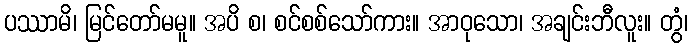
ပဿာမိ၊ မြင်တော်မမူ။ အပိ စ၊ စင်စစ်သော်ကား။ အာဝုသော၊ အချင်းဘီလူး။ တွံ၊